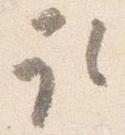
取